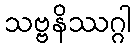
သဗ္ဗနိဿဂ္ဂါ